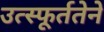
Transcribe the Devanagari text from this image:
उत्स्फूर्ततेने